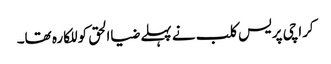
کراچی پریس کلب نے پہلے ضیاالحق کو للکارہ تھا۔